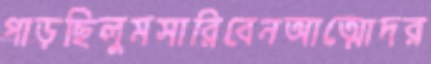
পাড়ছিলুমসারিবেনআত্মোদর